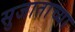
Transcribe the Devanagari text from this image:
सुजाताच्या